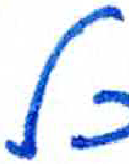
אות: ל